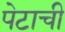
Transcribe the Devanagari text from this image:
पेटाची